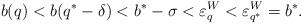
LaTeX: \begin{align*}b(q) < b(q^* - \delta) < b^* - \sigma < \varepsilon_{q}^W < \varepsilon_{q^*}^W = b^*.\end{align*}